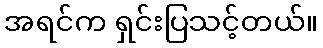
အရင်က ရှင်းပြသင့်တယ်။